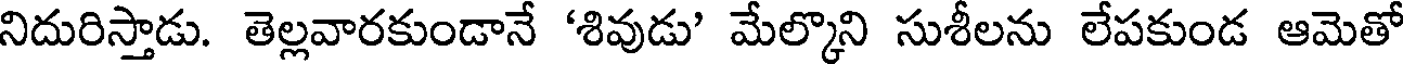
నిదురిస్తాడు. తెల్లవారకుండానే 'శివుడు' మేల్కొని సుశీలను లేపకుండ ఆమెతో